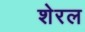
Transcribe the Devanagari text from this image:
शेरल